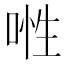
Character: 𠶞